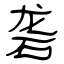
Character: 砻